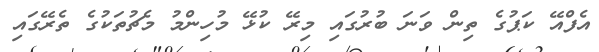
އެފްއޭ ކަޕުގެ ތިން ވަނަ ބުރުގައި މިރޭ ކުޅޭ މުހިންމު މެޗުތަކުގެ ތެރޭގައި